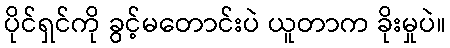
ပိုင်ရှင်ကို ခွင့်မတောင်းပဲ ယူတာက ခိုးမှုပဲ။